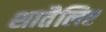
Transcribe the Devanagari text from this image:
शातैलिए